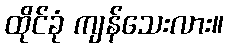
ထိုင်ခုံ ကျန်သေးလား။